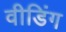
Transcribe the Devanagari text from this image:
वीडिंग